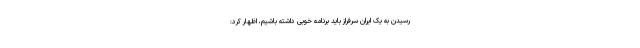
رسیدن به یک ایران سرفراز باید برنامه خوبی داشته باشیم، اظهار کرد: